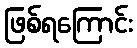
ဖြစ်ရကြောင်း